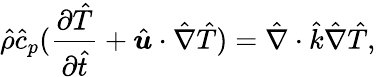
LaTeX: \hat{\rho}\hat{c}_{p}(\frac{\partial\hat{T}}{\partial\hat{t}}+\hat{\boldsymbol{u}}\cdot\hat{\nabla}\hat{T})=\hat{\nabla}\cdot\hat{k}\hat{\nabla}\hat{T},